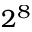
2 ^ { 8 }